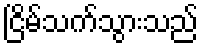
ငြိမ်သက်သွားသည်